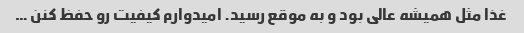
غذا مثل همیشه عالی بود و به موقع رسید. امیدوارم کیفیت رو حفظ کنن …